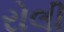
રોલી